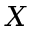
X